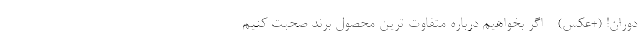
دوران! (+عکس) - اگر بخواهیم درباره متفاوت ترین محصول برند صحبت کنیم